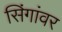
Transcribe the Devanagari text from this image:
सिंगांवर